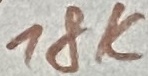
Text: 18K